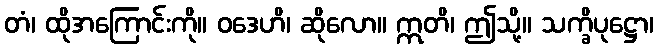
တံ၊ ထိုအကြောင်းကို။ ဝဒေဟိ၊ ဆိုလော။ ဣတိ၊ ဤသို့။ သက္ခိပုဋ္ဌော၊